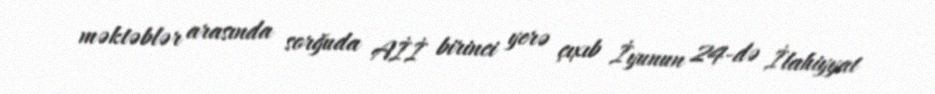
məktəblər arasında sorğuda Aİİ birinci yerə çıxıb İyunun 24-də İlahiyyat